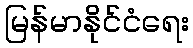
မြန်မာနိုင်ငံရေး